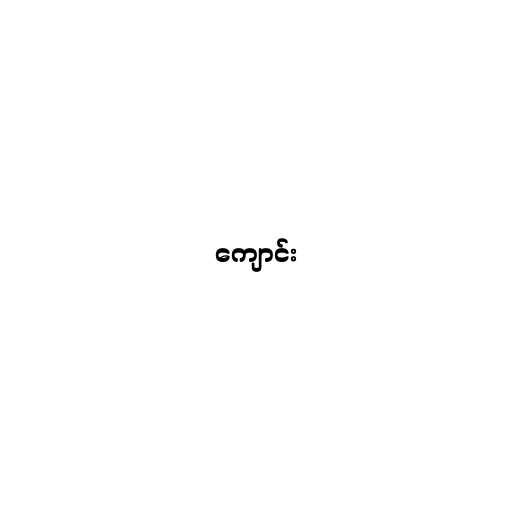
ကျောင်း